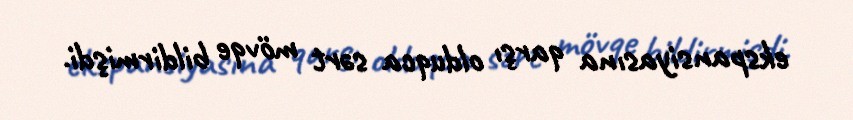
ekspansiyasına qarşı olduqca sərt mövqe bildirmişdi.